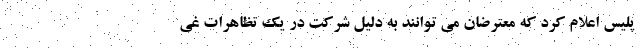
پلیس اعلام کرد که معترضان می توانند به دلیل شرکت در یک تظاهرات غی